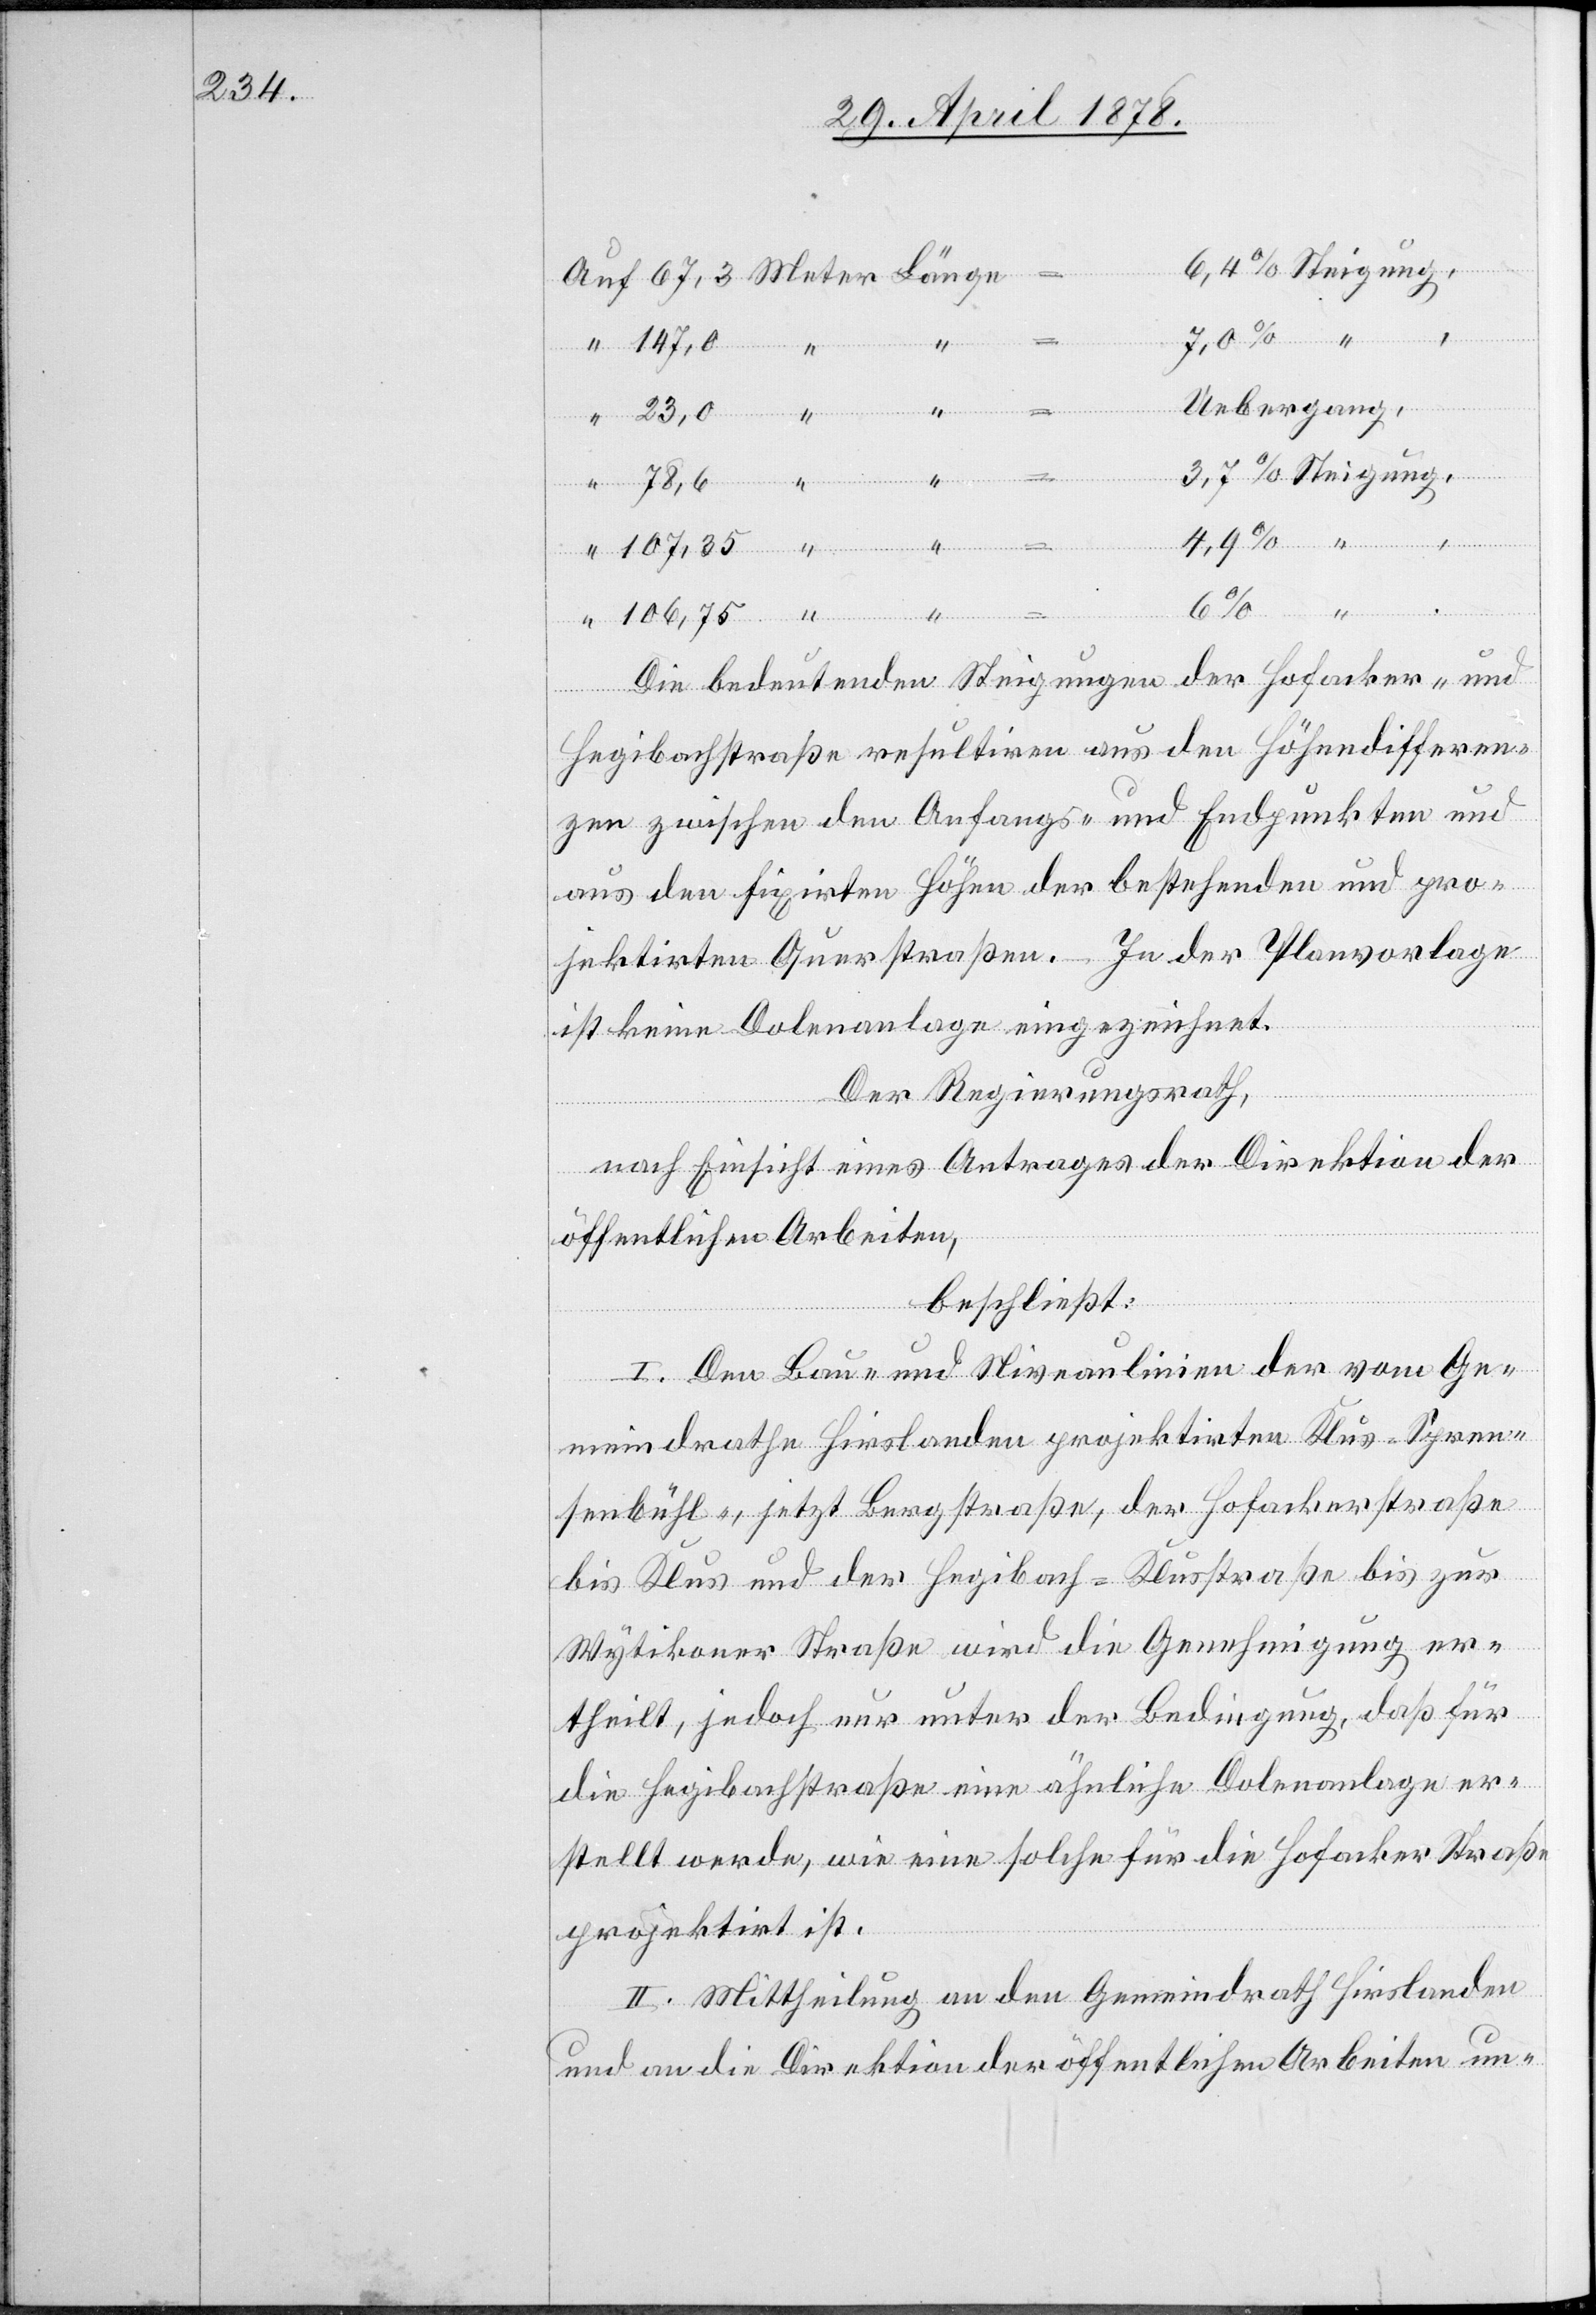
Uebergang,
Steigung,
Die bedeutenden Steigungen der Hofacker- und
Meter
Hegibachstraße resultiren aus den Höhendifferen¬
zen zwischen den Anfangs- und Endpunkten und
aus den fixirten Höhen der bestehenden und pro¬
jektirten Querstraßen. In der Planvorlage
ist keine Dolenanlage eingezeichnet.
Der Regierungsrath,
nach Einsicht eines Antrages der Direktion der
öffentlichen Arbeiten,
beschließt:
I. Den Bau- und Niveaulinien der vom Ge¬
meindrathe Hirslanden projektirten Klus-Spren¬
senbühl-, jetzt Bergstraße, der Hofackerstraße
bis Klus und der Hegibach-Klusstraße bis zur
Wytikoner Straße wird die Genehmigung er¬
theilt, jedoch nur unter der Bedingung, daß für
die Hegibachstraße eine ähnliche Dolenanlage er¬
stellt werde, wie eine solche für die Hofacker Straße
projektirt ist.
II. Mittheilung an den Gemeindrath Hirslanden
und an die Direktion der öffentlichen Arbeiten un-

“